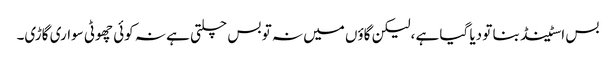
بس اسٹینڈ بنا تو دیا گیا ہے ،لیکن گاؤں میں نہ تو بس چلتی ہے نہ کوئی چھوٹی سواری گاڑی۔